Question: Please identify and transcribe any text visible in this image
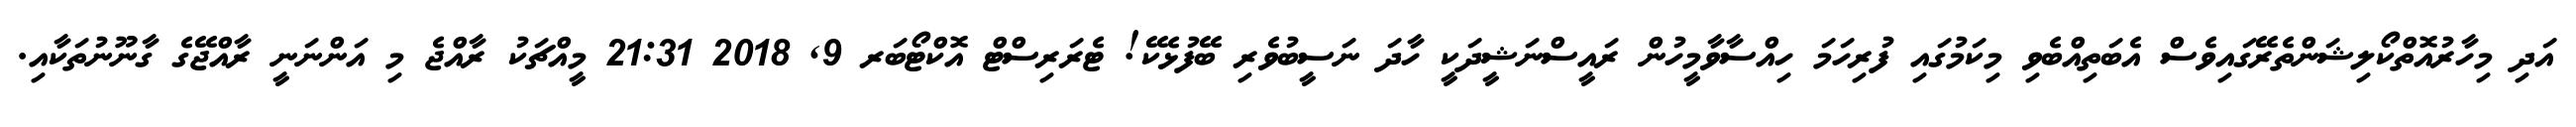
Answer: އަދި މިހާރުއޮތްކޯލިޝަންތެރޭގައިވެސް އެބަތިއްބެވި މިކަމުގައި ފުރިހަމަ ހިއްސާވާމީހުން ރައީސްނަޝީދަކީ ހާދަ ނަސީބުވެރި ބޭފުޅެކޭ! ޓެރަރިސްޓް އޮކްޓޯބަރ 9, 2018 21:31 މީއްޗަކު ރާއްޖެ މި އަންނަނީ ރާއްޖޭގެ ގާނޫނުތަކާއި.